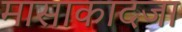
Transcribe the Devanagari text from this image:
मासाकादजा